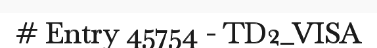
# Entry 45754 - TD2_VISA